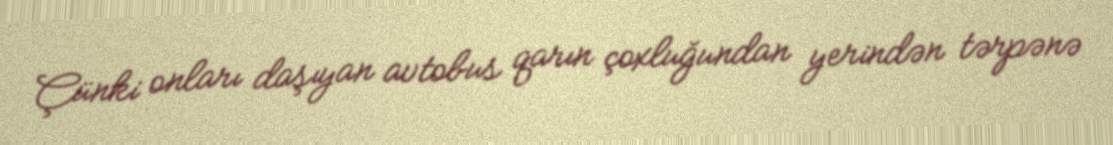
Çünki onları daşıyan avtobus qarın çoxluğundan yerindən tərpənə